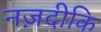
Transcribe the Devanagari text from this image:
नज़दीकि